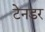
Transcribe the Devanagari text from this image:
टेनडर